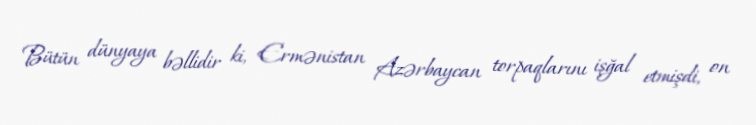
Bütün dünyaya bəllidir ki, Ermənistan Azərbaycan torpaqlarını işğal etmişdi, on